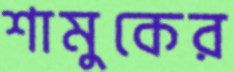
শামুকের